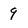
Character: 9